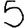
Digit: 5